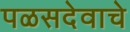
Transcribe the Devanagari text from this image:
पळसदेवाचे